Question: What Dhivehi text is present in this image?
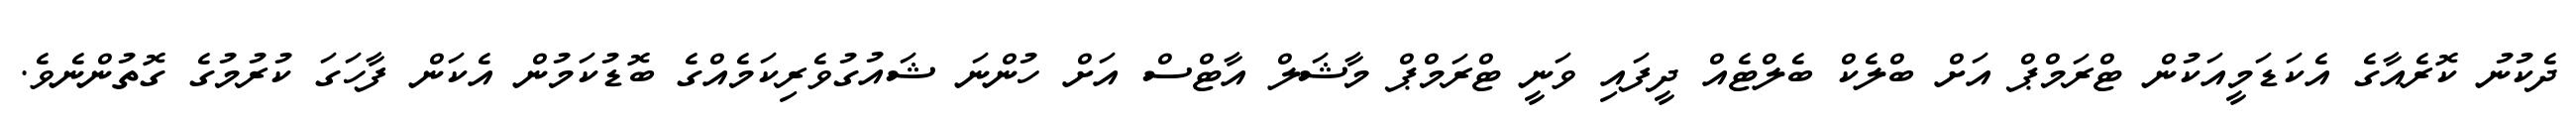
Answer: ދެކުނު ކޮރެއާގެ އެކަޑަމީއަކުން ޓްރަމްޕް އަށް ބްލެކް ބެލްޓެއް ދީފައި ވަނީ ޓްރަމްޕް މާޝަލް އާޓްސް އަށް ހުންނަ ޝައުގުވެރިކަމެއްގެ ބޮޑުކަމުން އެކަން ފާހަގަ ކުރުމުގެ ގޮތުންނެވެ.